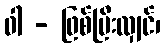
ဝါ - ဖြစ်ပြီးလျှင်၊